Civil Veterinary Dept. Bombay admin report 1932-41 - 1932-1941
Year: 1932
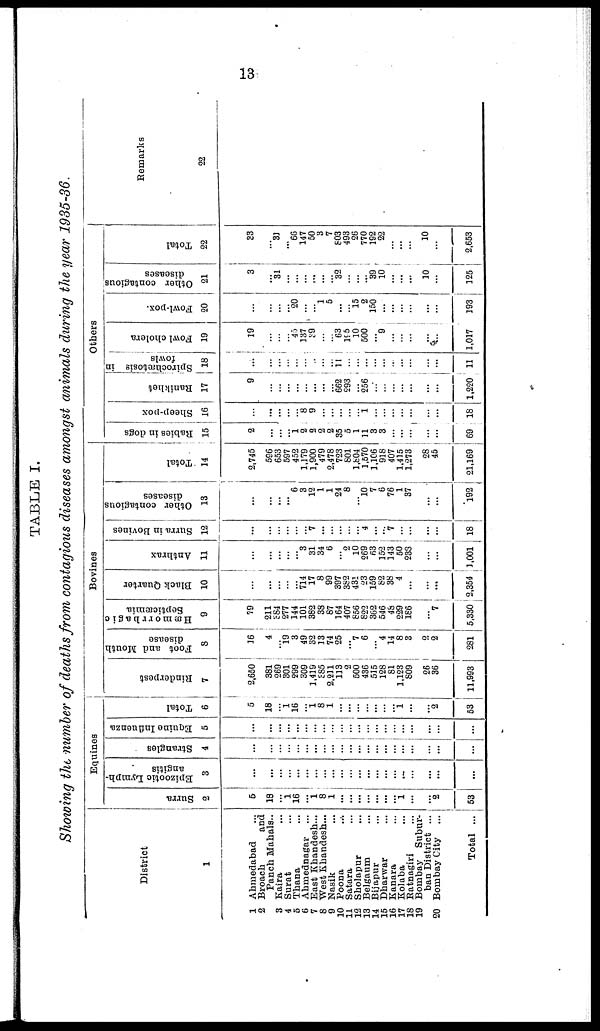
13
TABLE I.
Showing the number of deaths from contagious diseases amongst animals during the year 1935-36.
District
1
1 Ahmedabad ...
2 Broach
and
Panch Mahals..
3 Kaira ...
4 Surat ...
5 Thana ...
6 Ahmednagar ...
7 East Khandesh...
8 West Khandesh...
9 Nasik ...
10 Poona
...
11 Satara ...
12 Sholapur ...
13 Belgaum ...
14 Bijapur ...
15 Dharwar ...
16 Kanara ...
17 Kolaba ...
18 Ratnagiri ...
19 Bombay Subur-
ban District ...
20 Bombay City ...
Total ...
Equines
Surra
2
5
18
...
1
16
... 1
8
1
...
...
...
...
...
...
... 1
...
...
2
53
Epizootic Lymph-
angitis
3
...
...
...
...
...
...
...
...
...
...
...
...
...
...
...
...
...
...
...
...
...
Strangles
4
...
...
...
...
...
...
...
...
...
...
...
...
...
...
...
...
...
...
...
...
...
Equine Influenza
5
...
...
...
...
...
...
...
...
...
...
...
...
...
...
...
...
...
...
...
...
Total
6
5
18
...
1
16
...
1 8
1
...
...
...
...
...
...
... 1
...
...
2
53
Bovines
Rinderpest
7
2,650
381
269
301
299
309
1,419
385
2,211
113
2
500
436
515
128
81
1,123
809
26
36
11,993
Foot and Mouth
disease
8
16
4
... 19
3
49
32
13
74
25
... 7
6
... 4
14
8
3
2
2
281
Hæmorrhagic
Septicæmia
9
79
211
384
277
144
101
382
38
87
164
407
856
822
362
546
48
229
186
...
7
5,330
Black Quarter
10
...
...
...
...
... 714
17
8
99
397
382
431
23
159
82
38
4
...
...
...
2,354
Anthrax
11
...
...
...
...
... 3
31
34
6
... 2
10
269
63
152
143
50
238
...
...
1,001
Surra in Bovines
12
...
... 7
...
...
...
...
... 4
...
... 7
...
...
...
...
18
Other contagious
diseases
13
...
...
...
... 6
3
12
1
1
24
8
... 10
7
6
76
1
37
...
...
192
Total
14
2,745
596
653
597
452
1,179
1,900
479
2,478
723
801
1,804
1,570
1,106
918
407
1,415
1,273
28
45
21,169
Others
Rabies in dogs
15
2
...
...
...
1 2
2
2
2
35
5
1
11
3
3
...
...
...
69
Sheep-pox
16
...
...
...
...
... 8
9
...
...
...
...
...
1
...
...
...
...
...
...
...
18
Ranikhet
17
9
...
...
...
...
...
...
... 662
293
... 256
...
...
...
...
...
...
...
1,220
Spirochætosis in
fowls
18
...
...
...
...
...
...
...
...
...
11
...
...
...
...
...
...
...
...
...
...
11
Fowl cholera
19
19
...
...
... 45
137
39
...
... 63
195
10
500
9
...
...
...
...
1,017
Fowl-pox.
20
...
...
...
20
...
1
5
...
... 15
2
150
...
...
...
...
...
193
Other contagious
diseases
21
3
...
... 31
...
...
...
...
...
... 32
...
...
... 39
10
...
...
...
10
...
125
Total
22
33
...
31
... 66
147
50
3
7
803
493
26
770
192
22
... ...
...
10
...
2,653
Remarks
23